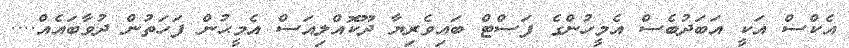
އެކްސް އަކީ އަބަދުބެސް އެމީހުންގެ ފަސްޓް ބައިވެރިޔާ ދޫކޮއްލިއަސް އެމީޙުން ފަހަތުން ދުވާބައެއް....